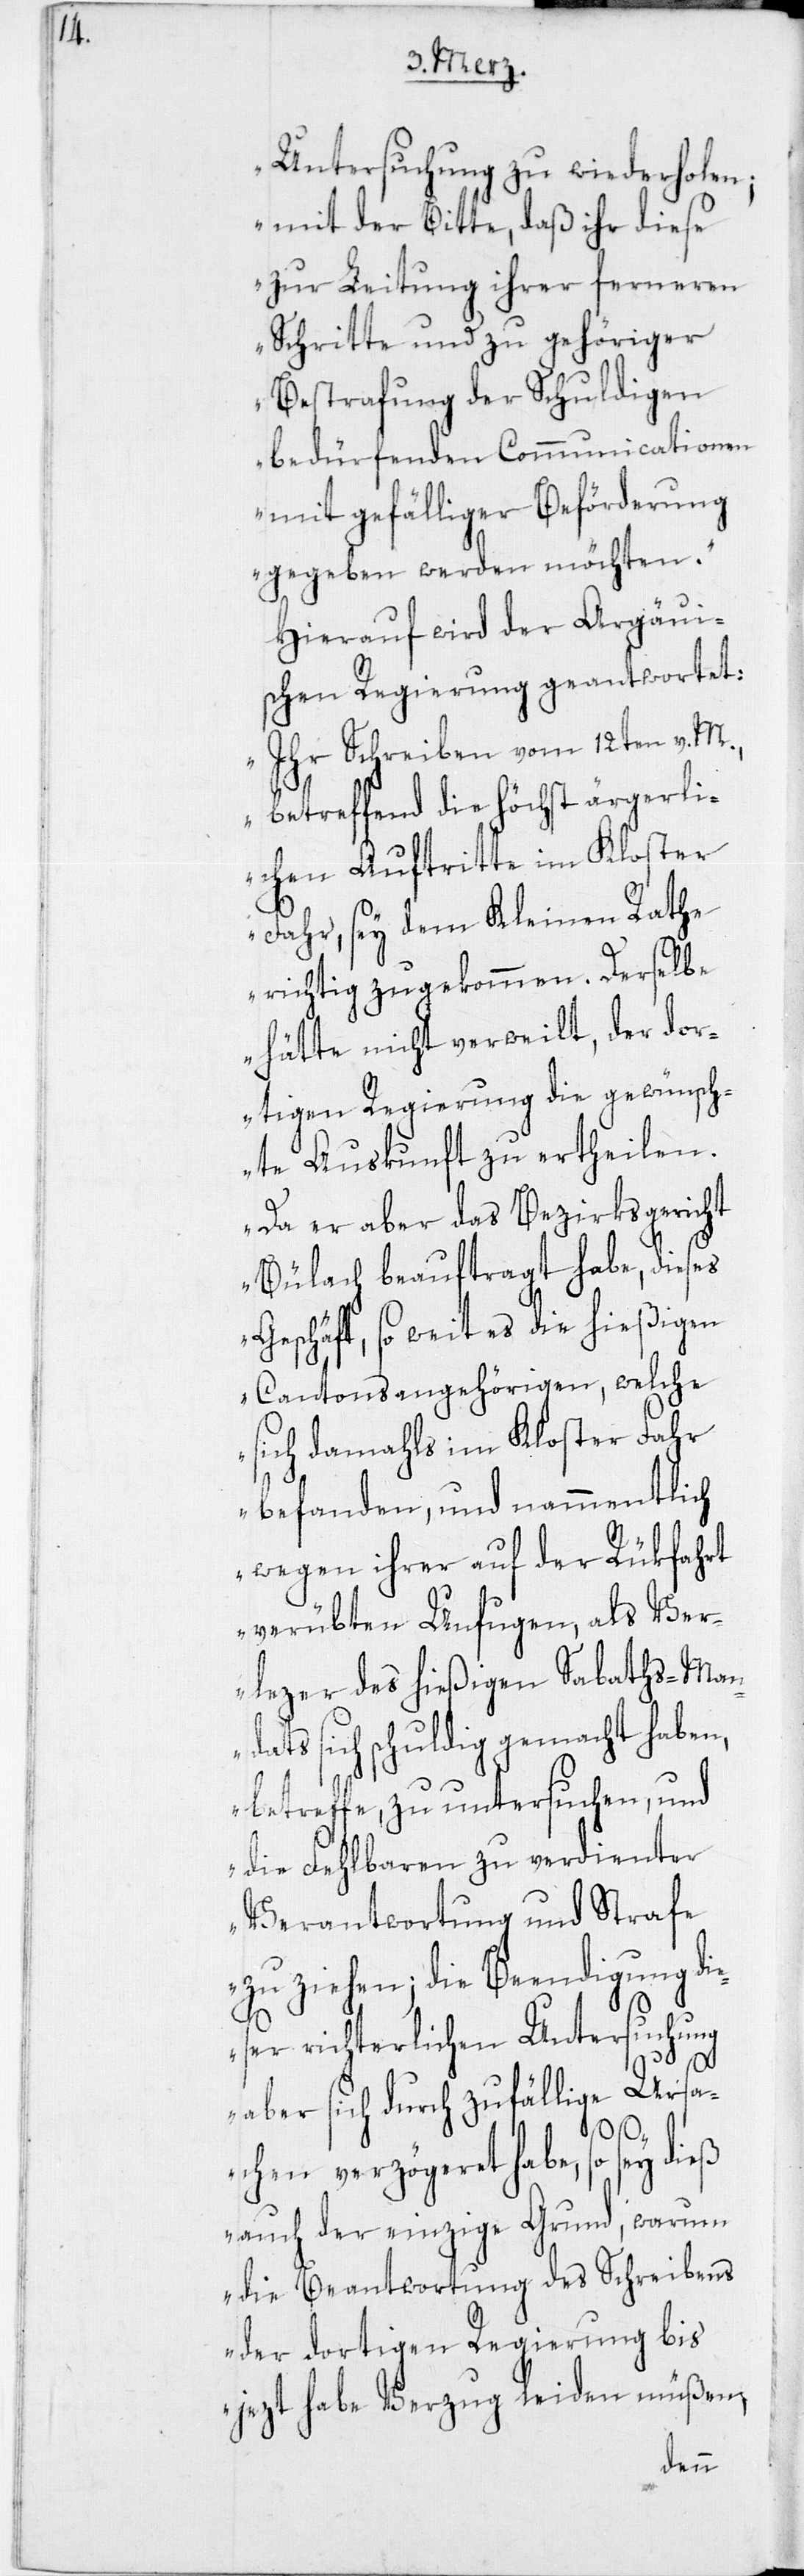
Untersuchung zu wiederholen;
mit der Bitte, daß ihr diese
zur Leitung ihrer ferneren
Schritte und zu gehöriger
Bestrafung der Schuldigen
bedürfenden Communicationen
mit gefälliger Beförderung
gegeben werden möchten.“
Hierauf wird der Argäui¬
schen Regierung geantwortet:
„Ihr Schreiben vom 12ten v. M.,
betreffend die höchst ärgerli¬
chen Auftritte im Kloster
Fahr, sey dem Kleinen Rathe
richtig zugekommen. Derselbe
hätte nicht verweilt, der dor¬
tigen Regierung die gewünsch¬
te Auskunft zu ertheilen.
Da er aber das Bezirksgericht
Bülach beauftragt habe, dieses
Geschäft, so weit es die hießigen
Cantonsangehörigen, welche
sich damahls im Kloster Fahr
befanden, und nammentlich
wegen ihrer auf der Rükfahrt
verübten Unfugen, als Ver¬
lezer des hießigen Sabaths-Man¬
dats sich schuldig gemacht haben,
betreffe, zu untersuchen, und
die Fehlbaren zu verdienter
Verantwortung und Strafe
zu ziehen; die Beendigung di¬
eser richterlichen Untersuchung
aber sich durch zufällige Ursa¬
chen verzögeret habe, so sey dieß
auch der einzige Grund, warum
die Beantwortung des Schreibens
der dortigen Regierung bis
jezt habe Verzug leiden müßen,